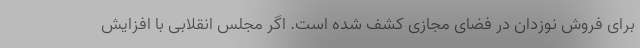
برای فروش نوزدان در فضای مجازی کشف شده است. اگر مجلس انقلابی با افزایش